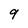
Character: q